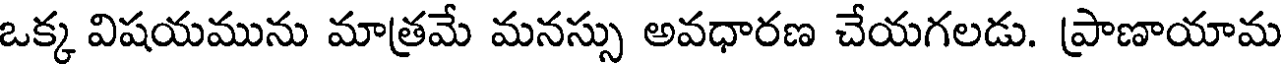
ఒక్క విషయమును మాత్రమే మనస్సు అవధారణ చేయగలడు. ప్రాణాయామ